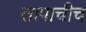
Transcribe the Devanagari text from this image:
तापाचीच